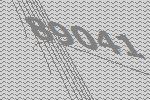
89041